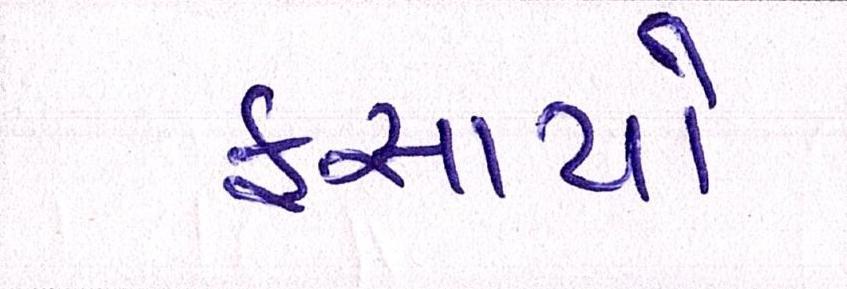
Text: ફસાયો